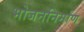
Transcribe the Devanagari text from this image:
भोजननिर्माण